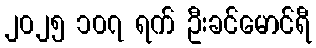
၂၀၂၅ ၁၀၇ ရက် ဦးခင်မောင်ရီ